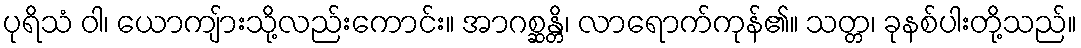
ပုရိသံ ဝါ၊ ယောကျ်ားသို့လည်းကောင်း။ အာဂစ္ဆန္တိ၊ လာရောက်ကုန်၏။ သတ္တ၊ ခုနစ်ပါးတို့သည်။